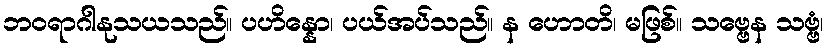
ဘဝရာဂါနုသယသည်။ ပဟိန္နော၊ ပယ်အပ်သည်။ န ဟောတိ၊ မဖြစ်။ သဗ္ဗေန သဗ္ဗံ၊